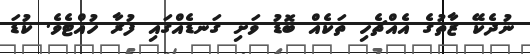
ނުދެކޭ ޒާތުގެ އެއްޗެހި ތަކެއް ބޮޑު ވަށި ގަނޑެއްގައި ފުރާ ހުއްޓެވެ. ކުޑަ